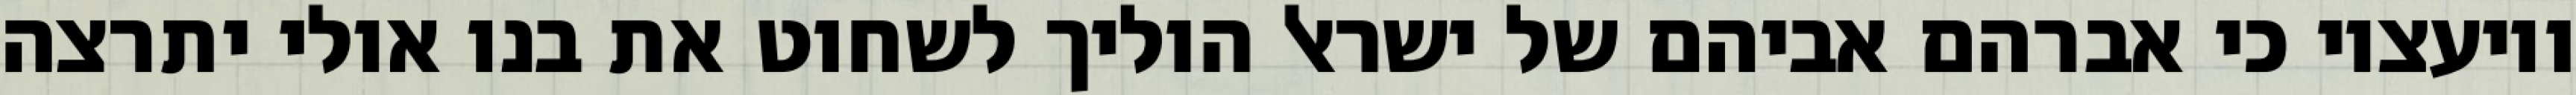
ויועציו כי אברהם אביהם של ישראל הוליך לשחוט את בנו אולי יתרצה